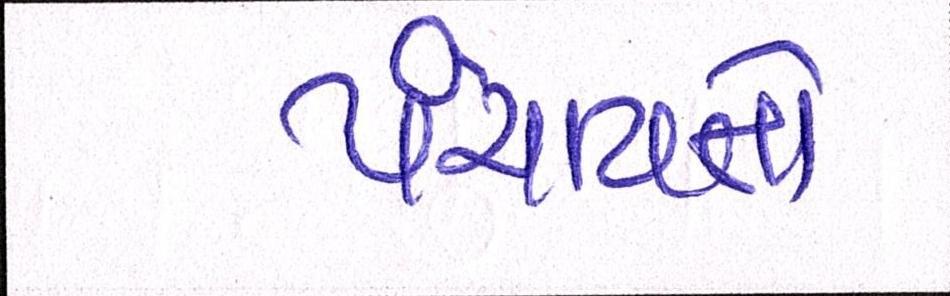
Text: પંચાયતો